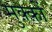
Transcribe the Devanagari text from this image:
मुक़्क़ों